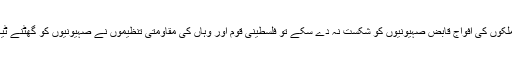
رہبر معظم انقلاب اسلامی نے فرمایا کہ فلسطینی عوام کی ایک اصل کامیابی یہ تھی کہ جب عرب ملکوں کی افواج قابض صہیونیوں کو شکست نہ دے سکے تو فلسطینی قوم اور وہاں کی مقاومتی تنظیموں نے صہیونیوں کو گھٹنے ٹیکنے پر مجبور کردیا اور اللہ کے فضل و کرم سے فلسطینی عوام کو مزید کامیابیاں حاصل ہوں گی۔